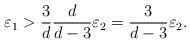
LaTeX: \begin{align*}\varepsilon_1>{3\over d}{d\over d-3}\varepsilon_2={3\over d-3}\varepsilon_2.\end{align*}